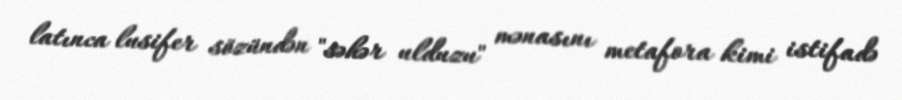
latınca lusifer sözündən "səhər ulduzu" mənasını metafora kimi istifadə